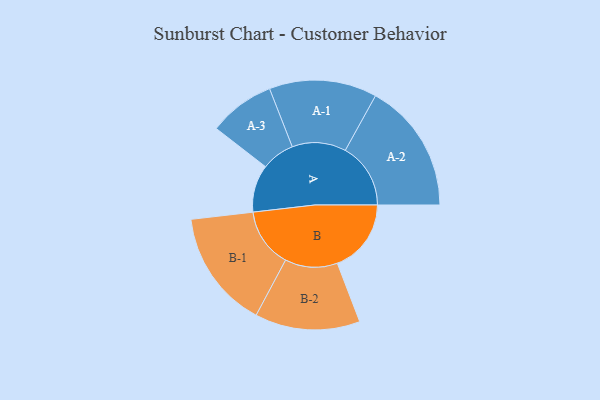
{"axis": {"x": "Segment", "y": "Value"}, "legend": ["", "A", "B"], "data": [{"x": "A", "y": 178, "type": ""}, {"x": "B", "y": 277, "type": ""}, {"x": "A-1", "y": 202, "type": "A"}, {"x": "A-2", "y": 245, "type": "A"}, {"x": "A-3", "y": 124, "type": "A"}, {"x": "B-1", "y": 222, "type": "B"}, {"x": "B-2", "y": 197, "type": "B"}]}